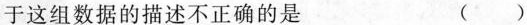
于这组数据的描述不正确的是 ()